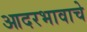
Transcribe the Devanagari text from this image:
आदरभावाचे